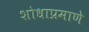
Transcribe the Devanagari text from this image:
शोधाप्रमाणे